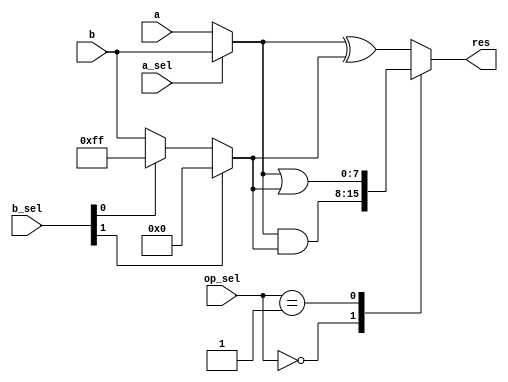
module bitwise (
    input [7:0] a,
    input [7:0] b,

    input [1:0] op_sel,

    input a_sel,
    input [1:0] b_sel,

    output reg [7:0] res
);

wire [7:0] real_a = (a_sel) ? b : a;
wire [7:0] real_b = (b_sel[1]) ? 8'h00 : (b_sel[0]) ? 8'hff : b;

always @(*) begin
    case (op_sel)
        2'b00: res = real_a & real_b;
        2'b01: res = real_a | real_b;
        default: res = real_a ^ real_b;
    endcase
end

endmodule